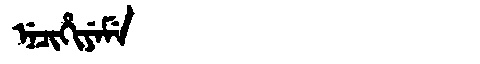
Manchu: ᠨᡝᠴᡳᡥᡳᠶᡝᠮᡝ
Romanization: NECIHIYEME